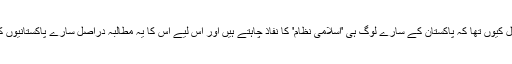
اور سکندر کا یہ خیال کیوں تھا کہ پاکستان کے سارے لوگ ہی 'اسلامی نظام' کا نفاذ چاہتے ہیں اور اس لیے اس کا یہ مطالبہ دراصل سارے پاکستانیوں کے دل کی آواز ہے؟